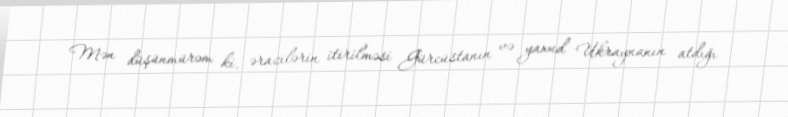
Mən düşünmürəm ki, ərazilərin itirilməsi Gürcüstanın və yaxud Ukraynanın atdığı